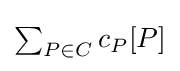
{\textstyle \sum _{P\in C}{c_{P}[P]}}